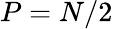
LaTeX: P=N/2